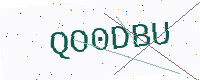
Text: QO0DBU